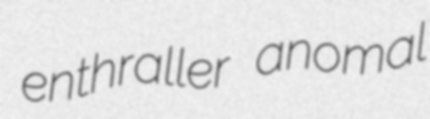
enthraller anomal